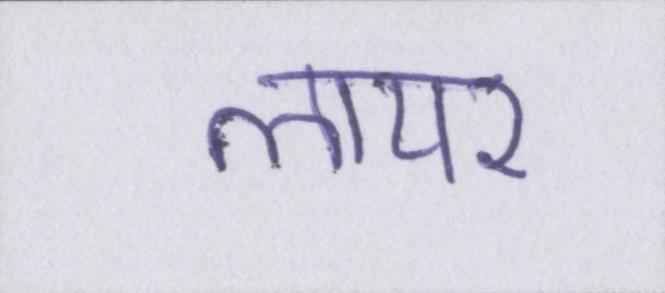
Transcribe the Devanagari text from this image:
लायर